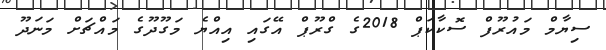
ސިޔާމް މައުރޫފް ސޮކާކަޕް 2018ގެ ގްރޫޕް އޭގައި އިއްޔެ މަގޫދޫގެ މައްޗަށް މަނަދޫ